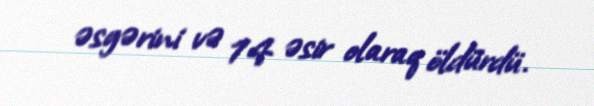
əsgərini və 14 əsir olaraq öldürdü.